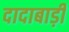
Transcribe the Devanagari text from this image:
दादाबाड़ी